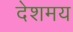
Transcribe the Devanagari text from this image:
देशमय